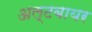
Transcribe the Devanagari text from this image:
अल्टबायर